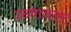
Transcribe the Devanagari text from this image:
उठवानंतर